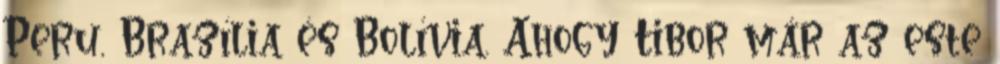
Peru, Brazília és Bolívia. Ahogy Tibor már az este